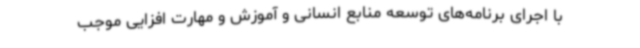
با اجرای برنامه‌های توسعه منابع انسانی و آموزش و مهارت افزایی موجب